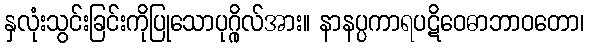
နှလုံးသွင်းခြင်းကိုပြုသောပုဂ္ဂိုလ်အား။ နာနပ္ပကာရပဋိဝေဓာဘာဝတော၊